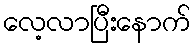
လေ့လာပြီးနောက်